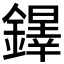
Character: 𨬵